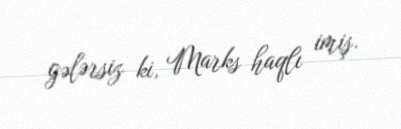
gələrsiz ki, Marks haqlı imiş.